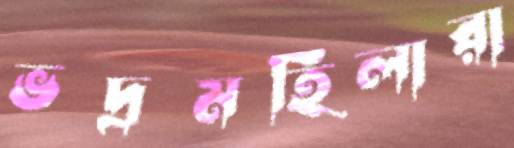
ভদ্রমহিলারা